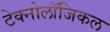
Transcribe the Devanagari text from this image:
टेक्नोलॉजिकल